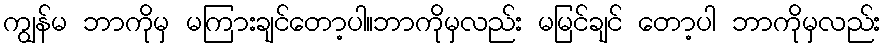
ကျွန်မ ဘာကိုမှ မကြားချင်တော့ပါ။ဘာကိုမှလည်း မမြင်ချင် တော့ပါ ဘာကိုမှလည်း